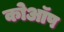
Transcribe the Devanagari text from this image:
कोऑप